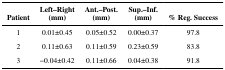
<table><thead><tr><td><b>Patient</b></td><td><b>Left–Right(mm)</b></td><td><b>Ant.–Post.(mm)</b></td><td><b>Sup.–Inf.(mm)</b></td><td><b>% Reg. Success</b></td></tr></thead><tbody><tr><td>1</td><td>0.01±0.45</td><td>0.05±0.52</td><td>0.00±0.37</td><td>97.8</td></tr><tr><td>2</td><td>0.11±0.63</td><td>0.11±0.59</td><td>0.23±0.59</td><td>83.8</td></tr><tr><td>3</td><td>−0.04±0.42</td><td>0.11±0.66</td><td>0.04±0.38</td><td>91.8</td></tr></tbody></table>